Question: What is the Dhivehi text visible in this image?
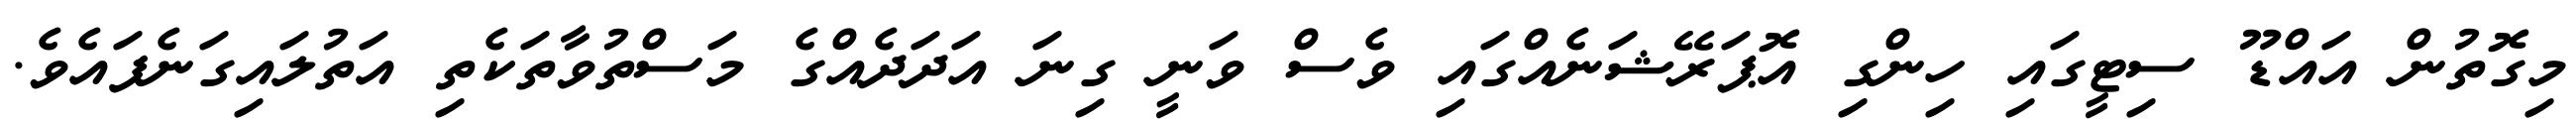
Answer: މިގޮތުން އައްޑޫ ސިޓީގައި ހިންގި އޮޕަރޭޝަނެއްގައި ވެސް ވަނީ ގިނަ އަދަދެއްގެ މަސްތުވާތަކެތި އަތުލައިގަނެފައެވެ.